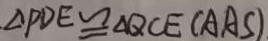
\Delta P D E \cong \Delta Q C E ( A A S )